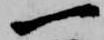
一